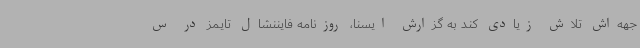
جهه‌اش تلاش زیادی کند به گزارش ایسنا، روزنامه فایننشال تایمز در س